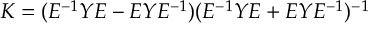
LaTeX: K = ( E ^ { - 1 } Y E - E Y E ^ { - 1 } ) ( E ^ { - 1 } Y E + E Y E ^ { - 1 } ) ^ { - 1 }